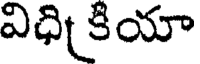
విధి కియా